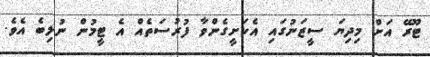
ޓޫރޭ އަށް މިދިޔަ ސީޒަނުގައި އެކަށީގެންވާ ފުރުސަތެއް އެ ޓީމުން ނުލިބެ އެވެ.